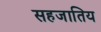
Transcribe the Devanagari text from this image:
सहजातिय